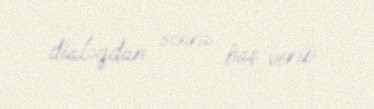
dialoqdan sonra baş verib.